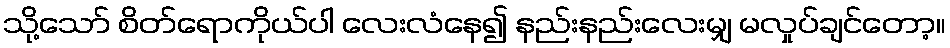
သို့သော် စိတ်ရောကိုယ်ပါ လေးလံနေ၍ နည်းနည်းလေးမျှ မလှုပ်ချင်တော့။